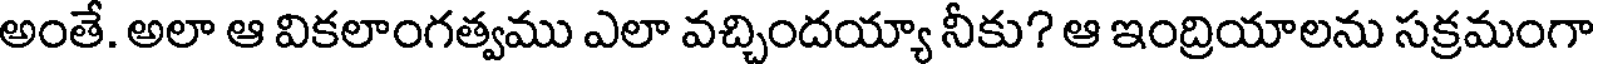
అంతే. అలా ఆ వికలాంగత్వము ఎలా వచ్చిందయ్యా నీకు? ఆ ఇంద్రియాలను సక్రమంగా